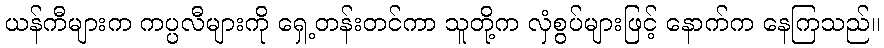
ယန်ကီများက ကပ္ပလီများကို ရှေ့တန်းတင်ကာ သူတို့က လှံစွပ်များဖြင့် နောက်က နေကြသည်။